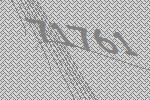
71761